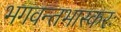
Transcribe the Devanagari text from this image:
भगवन्तभास्करः